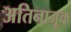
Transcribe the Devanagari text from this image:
अतिनाजूक